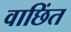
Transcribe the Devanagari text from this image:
वाछिंत